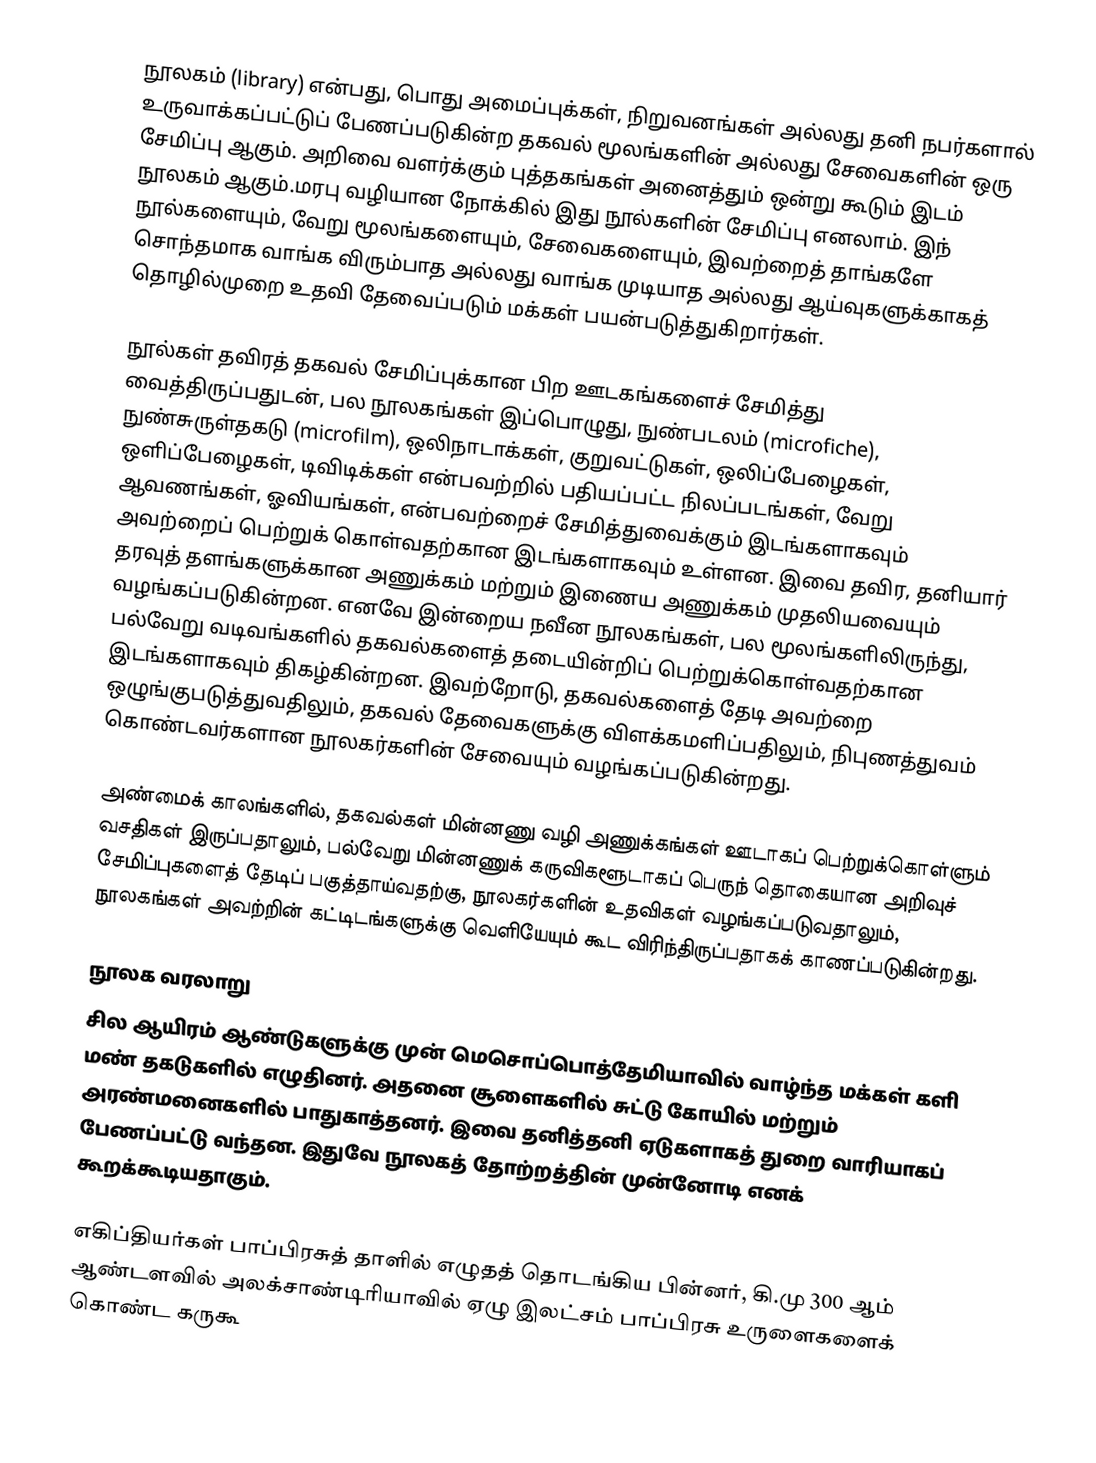
நூலகம் (library) என்பது, பொது அமைப்புக்கள், நிறுவனங்கள் அல்லது தனி நபர்களால் உருவாக்கப்பட்டுப் பேணப்படுகின்ற தகவல் மூலங்களின் அல்லது சேவைகளின் ஒரு சேமிப்பு ஆகும். அறிவை வளர்க்கும் புத்தகங்கள் அனைத்தும் ஒன்று கூடும் இடம் நூலகம் ஆகும்.மரபு வழியான நோக்கில் இது நூல்களின் சேமிப்பு எனலாம். இந் நூல்களையும், வேறு மூலங்களையும், சேவைகளையும், இவற்றைத் தாங்களே சொந்தமாக வாங்க விரும்பாத அல்லது வாங்க முடியாத அல்லது ஆய்வுகளுக்காகத் தொழில்முறை உதவி தேவைப்படும் மக்கள் பயன்படுத்துகிறார்கள்.

நூல்கள் தவிரத் தகவல் சேமிப்புக்கான பிற ஊடகங்களைச் சேமித்து வைத்திருப்பதுடன், பல நூலகங்கள் இப்பொழுது, நுண்படலம் (microfiche), நுண்சுருள்தகடு (microfilm), ஒலிநாடாக்கள், குறுவட்டுகள், ஒலிப்பேழைகள், ஒளிப்பேழைகள், டிவிடிக்கள் என்பவற்றில் பதியப்பட்ட நிலப்படங்கள், வேறு ஆவணங்கள், ஓவியங்கள், என்பவற்றைச் சேமித்துவைக்கும் இடங்களாகவும் அவற்றைப் பெற்றுக் கொள்வதற்கான இடங்களாகவும் உள்ளன. இவை தவிர, தனியார் தரவுத் தளங்களுக்கான அணுக்கம் மற்றும் இணைய அணுக்கம் முதலியவையும் வழங்கப்படுகின்றன. எனவே இன்றைய நவீன நூலகங்கள், பல மூலங்களிலிருந்து, பல்வேறு வடிவங்களில் தகவல்களைத் தடையின்றிப் பெற்றுக்கொள்வதற்கான இடங்களாகவும் திகழ்கின்றன. இவற்றோடு, தகவல்களைத் தேடி அவற்றை ஒழுங்குபடுத்துவதிலும், தகவல் தேவைகளுக்கு விளக்கமளிப்பதிலும், நிபுணத்துவம் கொண்டவர்களான நூலகர்களின் சேவையும் வழங்கப்படுகின்றது.

அண்மைக் காலங்களில், தகவல்கள் மின்னணு வழி அணுக்கங்கள் ஊடாகப் பெற்றுக்கொள்ளும் வசதிகள் இருப்பதாலும், பல்வேறு மின்னணுக் கருவிகளூடாகப் பெருந் தொகையான அறிவுச் சேமிப்புகளைத் தேடிப் பகுத்தாய்வதற்கு, நூலகர்களின் உதவிகள் வழங்கப்படுவதாலும், நூலகங்கள் அவற்றின் கட்டிடங்களுக்கு வெளியேயும் கூட விரிந்திருப்பதாகக் காணப்படுகின்றது.

நூலக வரலாறு
சில ஆயிரம் ஆண்டுகளுக்கு முன் மெசொப்பொத்தேமியாவில் வாழ்ந்த மக்கள் களி மண் தகடுகளில் எழுதினர். அதனை சூளைகளில் சுட்டு கோயில் மற்றும் அரண்மனைகளில் பாதுகாத்தனர். இவை தனித்தனி ஏடுகளாகத் துறை வாரியாகப் பேணப்பட்டு வந்தன. இதுவே நூலகத் தோற்றத்தின் முன்னோடி எனக் கூறக்கூடியதாகும்.

எகிப்தியர்கள் பாப்பிரசுத் தாளில் எழுதத் தொடங்கிய பின்னர், கி.மு 300 ஆம் ஆண்டளவில் அலக்சாண்டிரியாவில் ஏழு இலட்சம் பாப்பிரசு உருளைகளைக் கொண்ட கருகூ